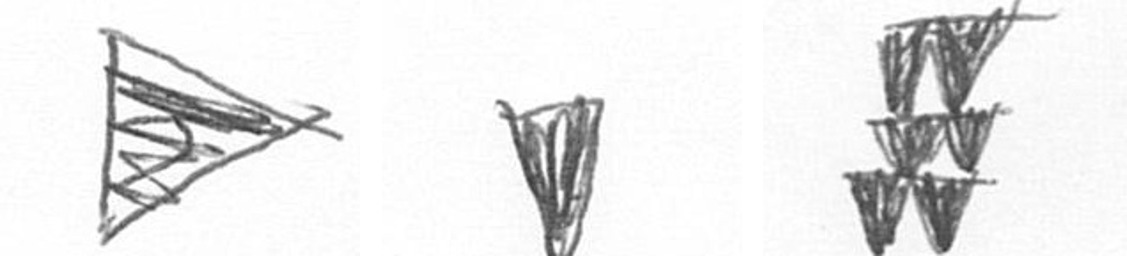
T J Y